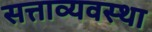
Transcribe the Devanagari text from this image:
सत्ताव्यवस्था